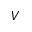
V